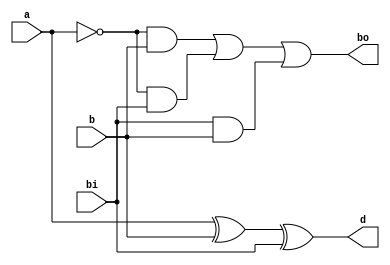
module full_sub(a,b,bi,d,bo);
input a,b,bi;
output d,bo;
wire abar , vi ,vj ,vk;
// assign d=a^b^bi;
// assign bo= ((~a)&b) | ((~a)&bi) | (b&bi);

xor (d,a,b,bi);
not (abar , a);
and (vi , abar , b);
and (vj , abar , bi);
and (vk , bi , b);
or (bo , vi ,vj ,vk);
endmodule